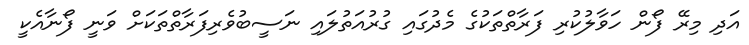
އަދި މިރޭ ފޯން ހަވާލުކުރި ފަރާތްތަކުގެ މެދުގައި ގުރުއަތުލައި ނަސީބުވެރިފަރާތްތަކަށް ވަނީ ފޯނާއެކީ